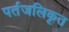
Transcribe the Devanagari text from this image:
पर्तजलिकृत